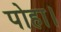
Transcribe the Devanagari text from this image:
पोहा।